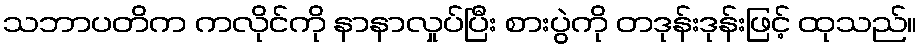
သဘာပတိက ကလိုင်ကို နာနာလှုပ်ပြီး စားပွဲကို တဒုန်းဒုန်းဖြင့် ထုသည်။